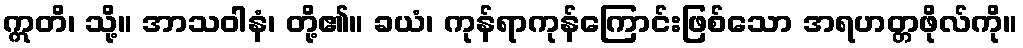
ဣတိ၊ သို့။ အာသဝါနံ၊ တို့၏။ ခယံ၊ ကုန်ရာကုန်ကြောင်းဖြစ်သော အရဟတ္တဖိုလ်ကို။